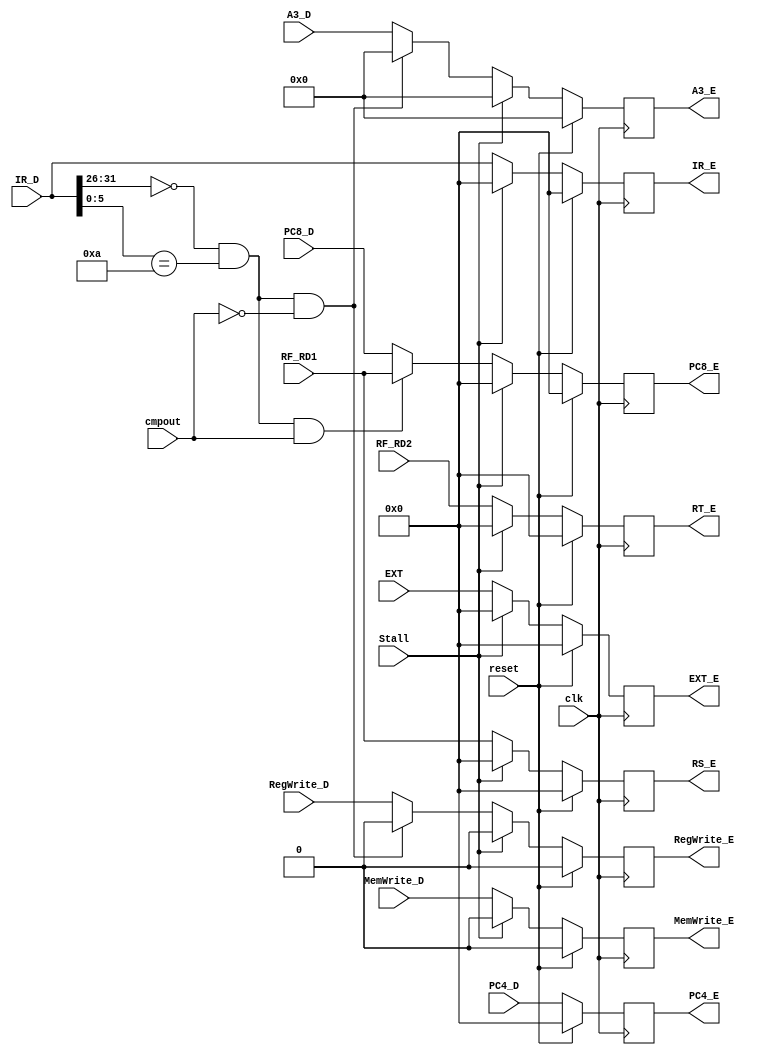
`timescale 1ns / 1ps
`define special 6'b000000
`define regimm  6'b000001
`define bgezal  5'b10001
`define movz    6'b001010


//////////////////////////////////////////////////////////////////////////////////
// Company: 
// Engineer: 
// 
// Design Name: 
// Module Name:    E_pipe 
// Project Name: 
// Target Devices: 
// Tool versions: 
// Description: 
//
// Dependencies: 
//
// Revision: 
// Revision 0.01 - File Created
// Additional Comments: 
//
//////////////////////////////////////////////////////////////////////////////////
module E_pipe(
    input clk,
	 input reset,
    input [31:0] IR_D,
    input [31:0] PC4_D,
    input [31:0] PC8_D,
	 input [4:0] A3_D,
    input [31:0] RF_RD1,
    input [31:0] RF_RD2,
    input [31:0] EXT,
	 input RegWrite_D,
	 input MemWrite_D,
	 input cmpout,
	 input Stall,
    output reg [31:0] IR_E,
    output reg [31:0] PC4_E,
    output reg [31:0] PC8_E,
	 output reg [4:0] A3_E,
    output reg [31:0] RS_E,
    output reg [31:0] RT_E,
    output reg [31:0] EXT_E,
	 output reg RegWrite_E,
	 output reg MemWrite_E	 
    );
	 
	 initial begin
		IR_E <= 32'b0;
		PC4_E <= 32'b0;
		PC8_E <= 32'b0;
		A3_E <= 5'b0;
		RS_E <= 32'b0;
		RT_E <= 32'b0;
		EXT_E <= 32'b0;
		RegWrite_E <= 1'b0;
		MemWrite_E <= 1'b0;
	 end
	 
	 always @(posedge clk) begin
		if (reset) begin
			IR_E <= 32'b0;
			PC4_E <= 32'b0;
			PC8_E <= 32'b0;
			A3_E <= 5'b0;
			RS_E <= 32'b0;
			RT_E <= 32'b0;
			EXT_E <= 32'b0;
			RegWrite_E <= 1'b0;
			MemWrite_E <= 1'b0;
		end
		else if (Stall) begin
			IR_E <= 32'b0;
			PC4_E <= PC4_D;//PC
			PC8_E <= 32'b0;
			A3_E <= 5'b0;
			RS_E <= 32'b0;
			RT_E <= 32'b0;
			EXT_E <= 32'b0;
			RegWrite_E <= 1'b0;
			MemWrite_E <= 1'b0;
		end
		else begin
			IR_E <= IR_D;
			PC4_E <= PC4_D;
			
			if(IR_D[31:26]==`special && IR_D[5:0]==`movz && cmpout==1)begin//movz
				PC8_E <= RF_RD1;
			end
			else PC8_E <= PC8_D;
			
			if((IR_D[31:26]==`special && IR_D[5:0]==`movz) && cmpout==0) begin//movz
				A3_E <= 5'b0;
				RegWrite_E <= 1'b0;
			end
			else begin
				A3_E <= A3_D;
				RegWrite_E <= RegWrite_D;
			end

			RS_E <= RF_RD1;
			RT_E <= RF_RD2;
			EXT_E <= EXT;
			MemWrite_E <= MemWrite_D;
		end
	 end


endmodule